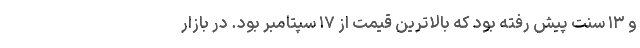
و ۱۳ سنت پیش رفته بود که بالاترین قیمت از ۱۷ سپتامبر بود. در بازار